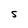
Character: S